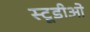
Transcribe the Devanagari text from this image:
स्टूडीओ